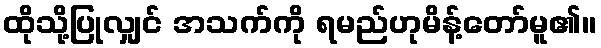
ထိုသို့ပြုလျှင် အသက်ကို ရမည်ဟုမိန့်တော်မူ၏။